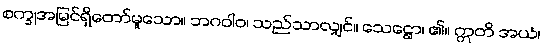
စက္ခုအမြင်ရှိတော်မူသော။ ဘဂဝါဝ၊ သည်သာလျှင်။ သေဋ္ဌော၊ ၏။ ဣတိ အယံ၊